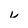
Character: u